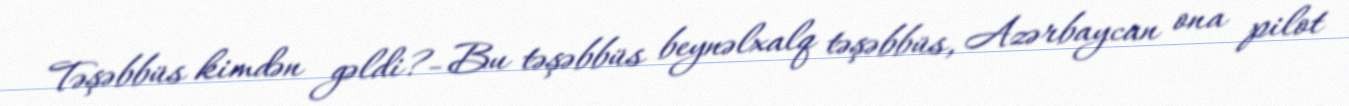
Təşəbbüs kimdən gəldi?- Bu təşəbbüs beynəlxalq təşəbbüs, Azərbaycan ona pilot